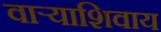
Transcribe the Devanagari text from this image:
वाऱ्याशिवाय